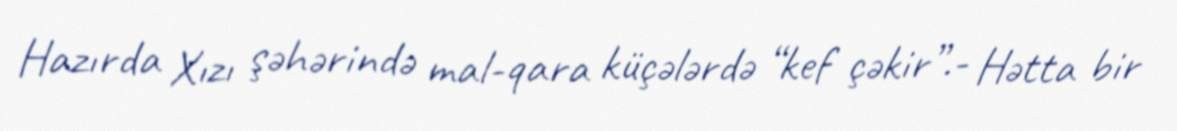
Hazırda Xızı şəhərində mal-qara küçələrdə “kef çəkir”.- Hətta bir